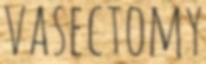
VASECTOMY